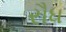
રૌધ